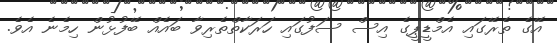
އޭގެ ތެރޭގައި އެމްޑީޕީގެ އިސް ސަފުގައި ހަރަކާތްތެރިވާ ބައެއް ބޭފުޅުން ހިމެނެ އެވެ.